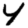
Digit: 4